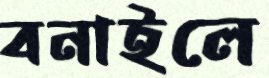
বনাইলে